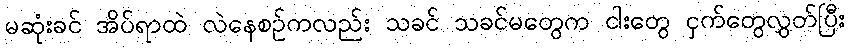
မဆုံးခင် အိပ်ရာထဲ လဲနေစဉ်ကလည်း သခင် သခင်မတွေက ငါးတွေ ငှက်တွေလွှတ်ပြီး